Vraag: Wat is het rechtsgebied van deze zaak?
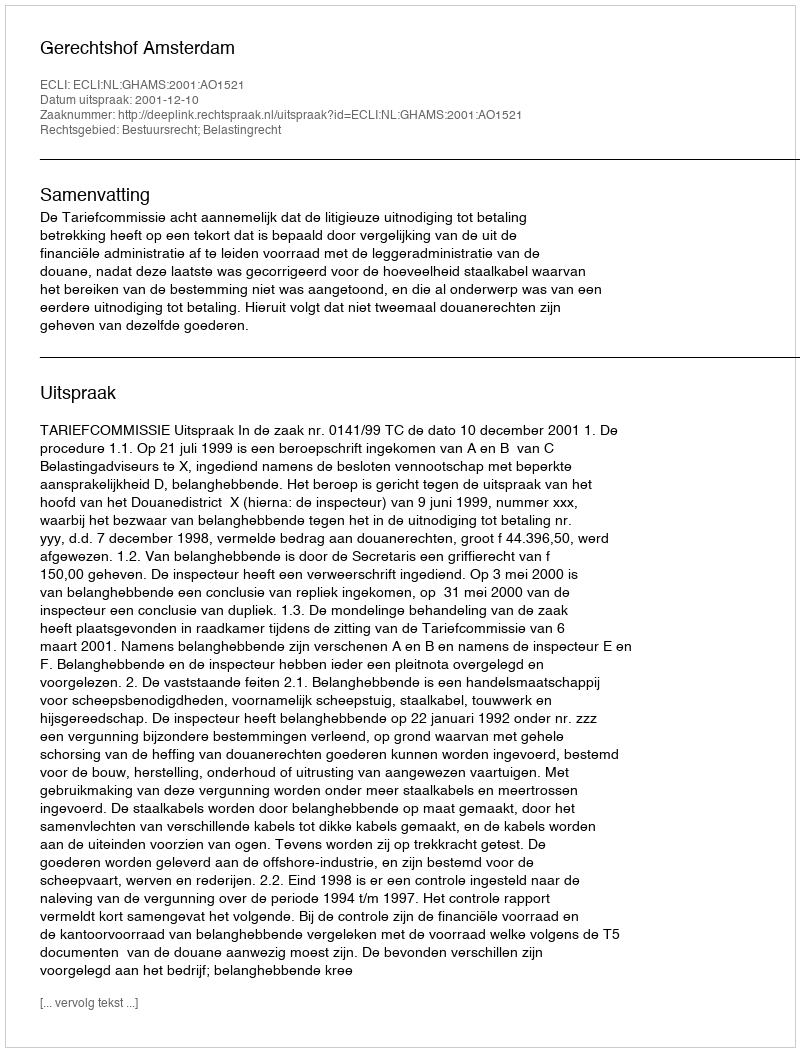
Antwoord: Bestuursrecht; Belastingrecht